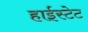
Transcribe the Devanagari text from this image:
हाईस्टेट